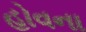
હોવના